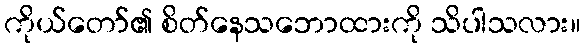
ကိုယ်တော်၏ စိတ်နေသဘောထားကို သိပါသလား။